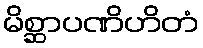
မိစ္ဆာပဏိဟိတံ